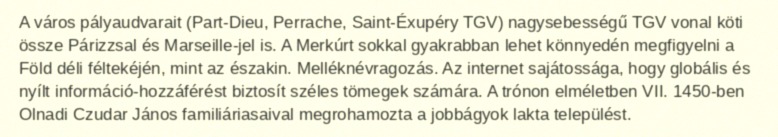
A város pályaudvarait (Part-Dieu, Perrache, Saint-Éxupéry TGV) nagysebességű TGV vonal köti össze Párizzsal és Marseille-jel is. A Merkúrt sokkal gyakrabban lehet könnyedén megfigyelni a Föld déli féltekéjén, mint az északin. Melléknévragozás. Az internet sajátossága, hogy globális és nyílt információ-hozzáférést biztosít széles tömegek számára. A trónon elméletben VII. 1450-ben Olnadi Czudar János familiáriasaival megrohamozta a jobbágyok lakta települést.